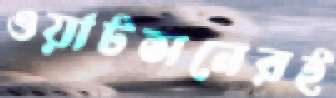
ওয়াটসনেরই